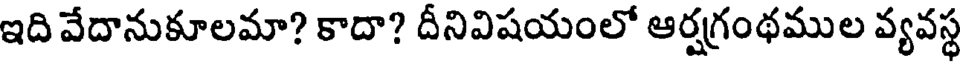
ఇది వేదానుకూలమా? కాదా? దీనివిషయంలో ఆర్షగ్రంథముల వ్యవస్థ